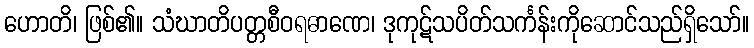
ဟောတိ၊ ဖြစ်၏။ သံဃာတိပတ္တစီဝရဓာဏေ၊ ဒုကုဋ်သပိတ်သင်္ကန်းကိုဆောင်သည်ရှိသော်။